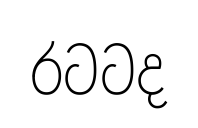
රටටද